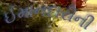
ઈમાનદારીની